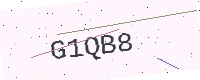
Text: G1QB8